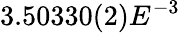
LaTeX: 3.50330(2)E^{-3}